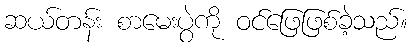
ဆယ်တန်း စာမေးပွဲကို ဝင်ဖြေဖြစ်ခဲ့သည်။